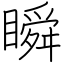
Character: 瞬